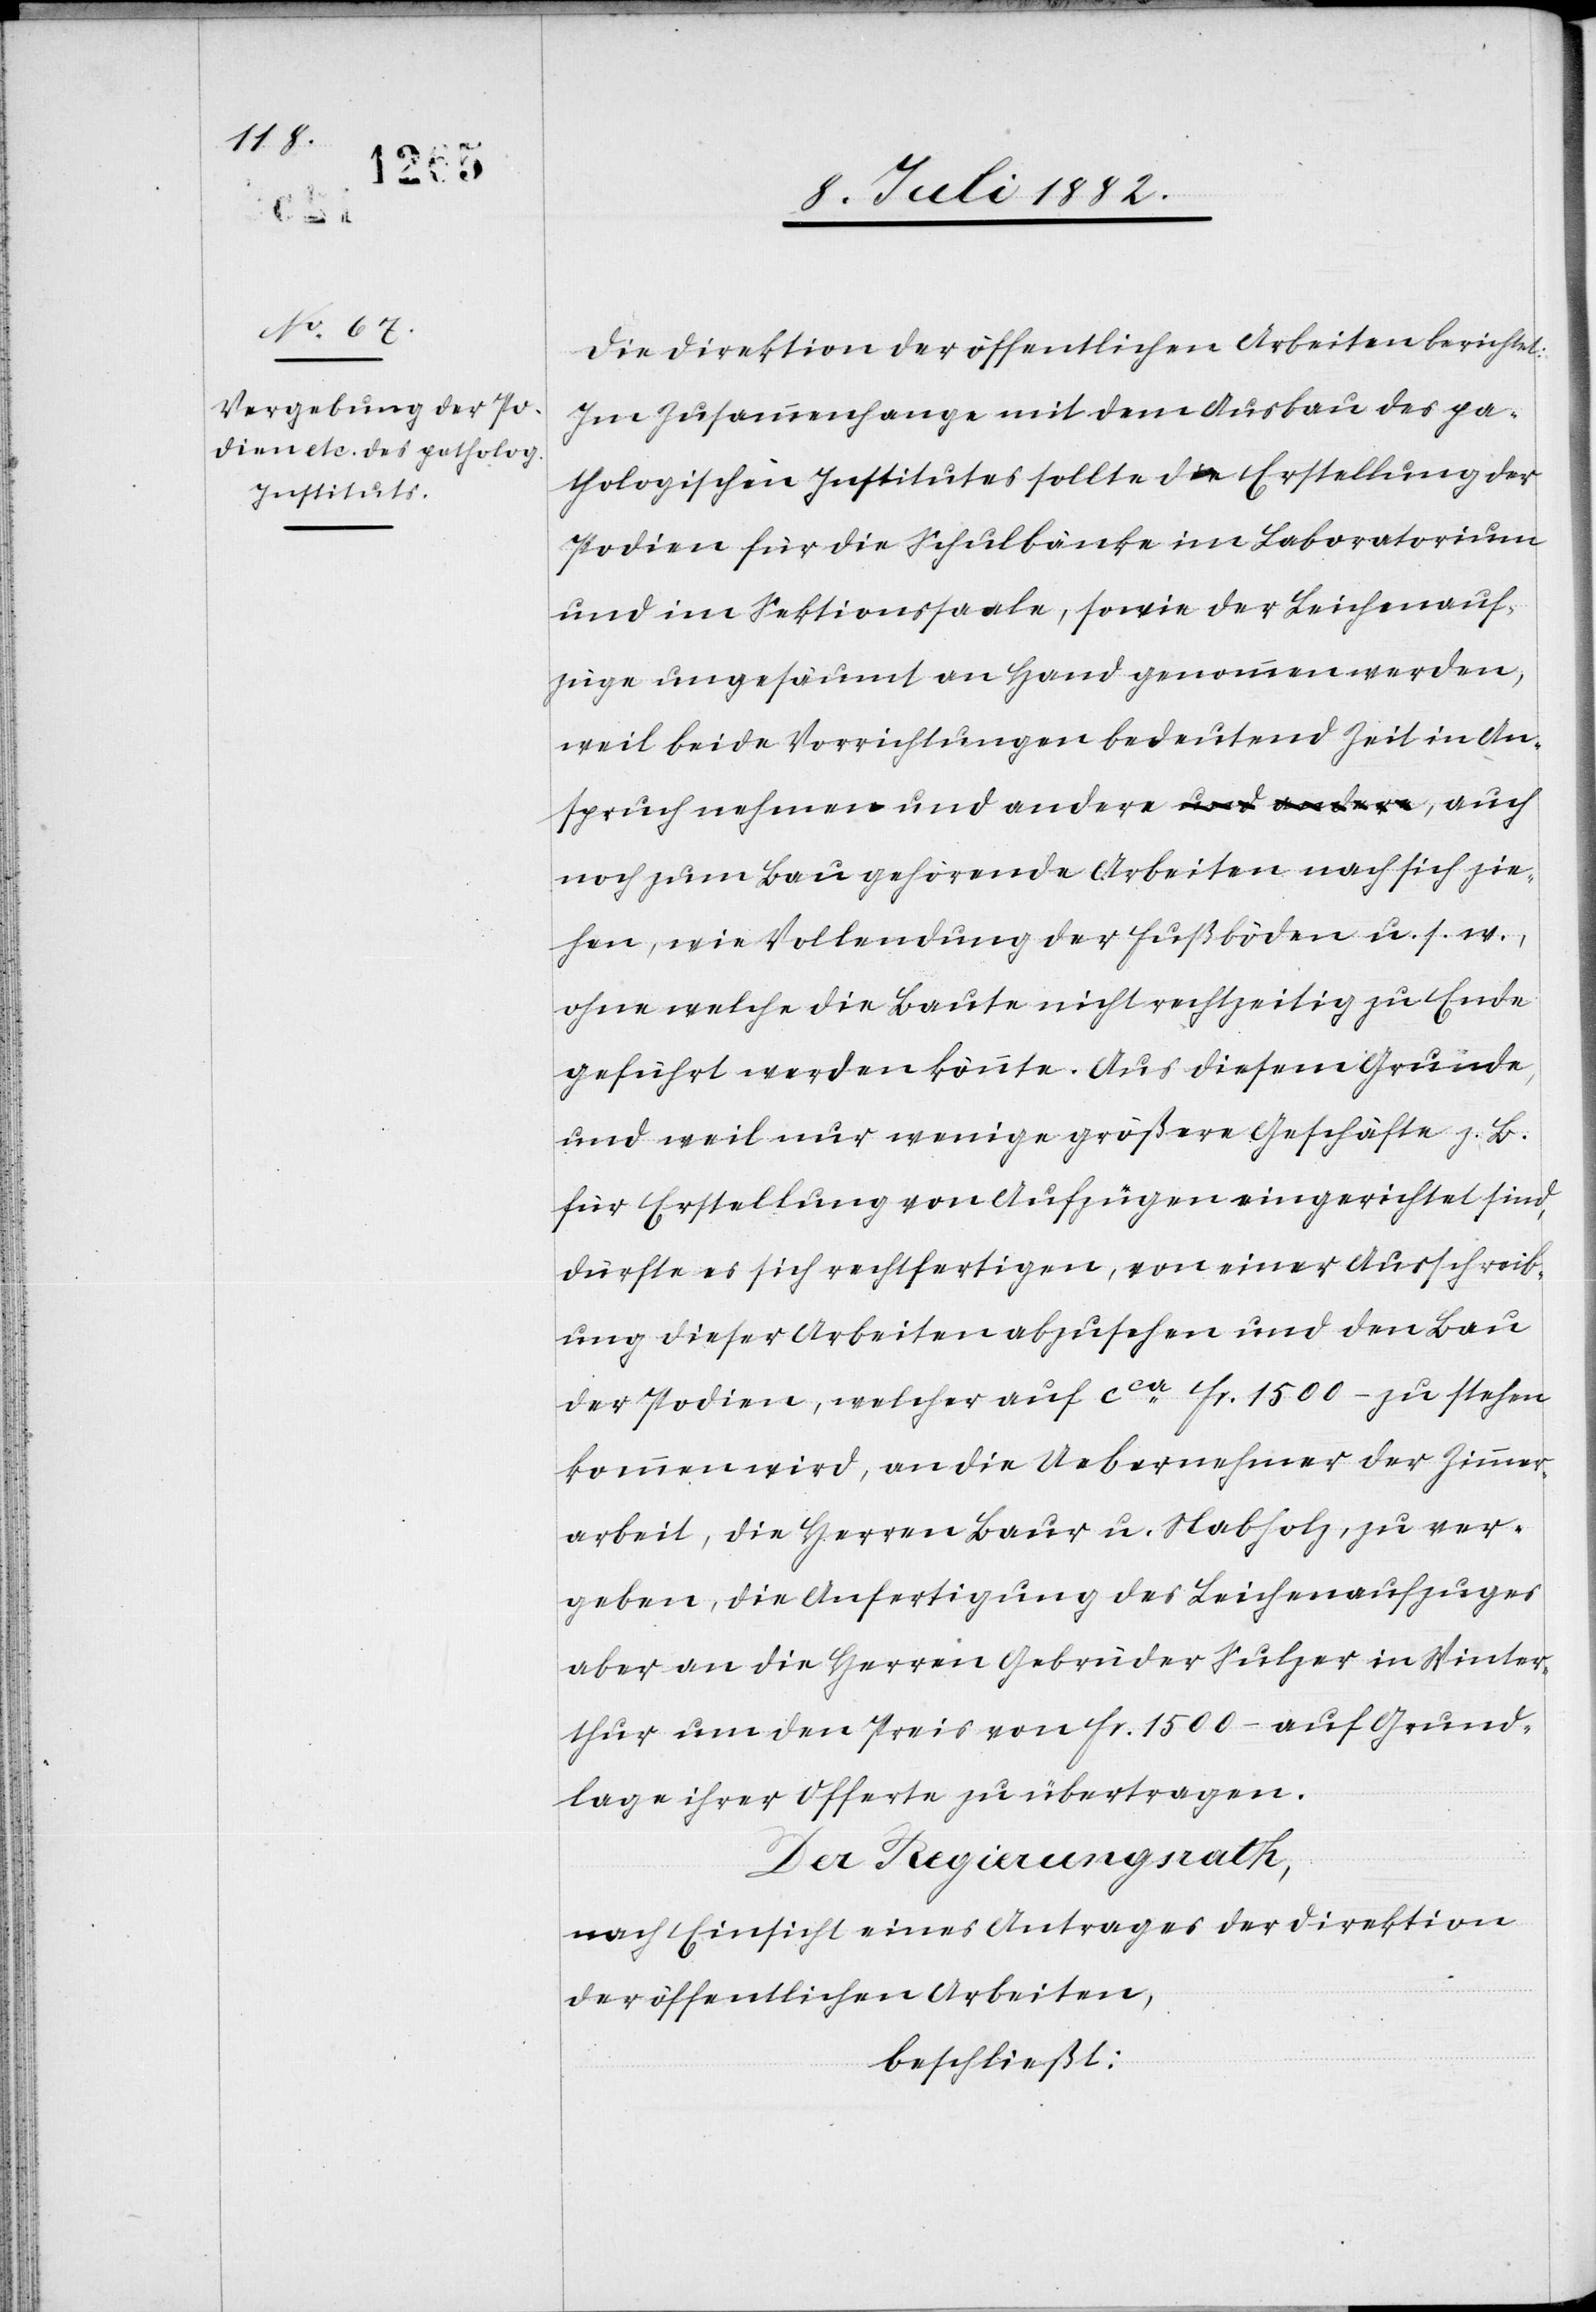
zie¬

Die Direktion der öffentlichen Arbeiten berichtet:
Im Zusammenhange mit dem Ausbau des pa¬
thologischen Institutes sollte die Erstellung der
Podien für die Schulbänke im Laboratorium
und im Sektionssaale, sowie der Leichenauf¬
züge ungesäumt an Hand genommen werden,
weil beide Vorrichtungen bedeutend Zeit in An¬
spruch nehmen und andere, auch noch zum
hen, wie Vollendung der Fußböden u. s. w.,
ohne welche die Baute nicht rechtzeitig zu Ende
geführt werden könnte. Aus diesem Grunde,
und weil nur wenige größere Geschäfte z. B.
für Erstellung von Aufzügen eingerichtet sind,
dürfte es sich rechtfertigen, von einer Ausschreib¬
ung dieser Arbeiten abzusehen und den Bau
der Podien, welcher auf cca Fr. 1500.– zu stehen
kommen wird, an die Uebernehmer der Zimmer¬
arbeit, die Herren Baur u. Nabholz, zu ver¬
geben, die Anfertigung des Leichenaufzuges
aber an die Herren Gebrüder Sulzer in Winter¬
thur um den Preis von Fr. 1500.– auf Grund¬
lage ihrer Offerte zu übertragen.
Der Regierungsrath,
nach Einsicht eines Antrages der Direktion
der öffentlichen Arbeiten,
beschließt: